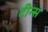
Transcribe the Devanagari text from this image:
टीन्स